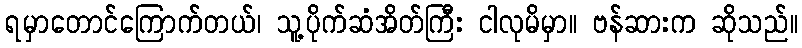
ရမှာတောင်ကြောက်တယ်၊ သူ့ပိုက်ဆံအိတ်ကြီး ငါလုမိမှာ။ ဗန်ဆားက ဆိုသည်။